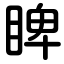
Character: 睥